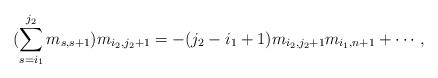
LaTeX: \begin{align*}(\sum_{s=i_{1}}^{j_{2}}m_{s,s+1})m_{i_{2},j_{2}+1}=-(j_{2}-i_{1}+1)m_{i_{2},j_{2}+1}m_{i_{1},n+1}+\cdots,\end{align*}